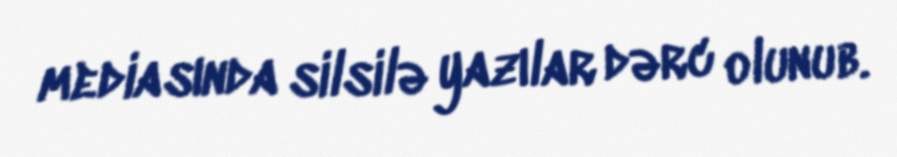
mediasında silsilə yazılar dərc olunub.